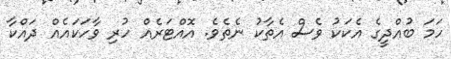
ހަމަ ބުއްދީގެ އެކަކު ވެސް އެތާކު ނެތެވެ. އޮއްޓަރެއް ހުރި ވާހަކައެއް ދައްކާ